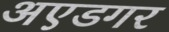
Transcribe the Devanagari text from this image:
अएडगर